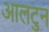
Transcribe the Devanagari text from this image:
आलटुन